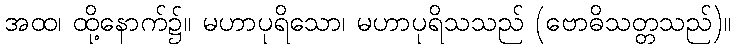
အထ၊ ထို့နောက်၌။ မဟာပုရိသော၊ မဟာပုရိသသည် (ဗောဓိသတ္တသည်)။